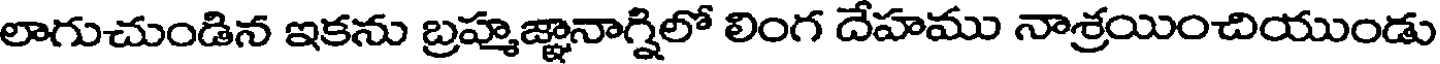
లాగుచుండిన ఇకను బ్రహ్మజ్ఞానాగ్షిలో లింగ దేహము నాశ్రయించియుండు